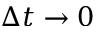
\Delta t \rightarrow 0